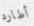
أطارد